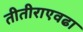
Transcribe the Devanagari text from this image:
तीतीराएवढा